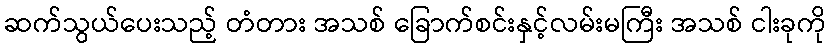
ဆက်သွယ်ပေးသည့် တံတား အသစ် ခြောက်စင်းနှင့်လမ်းမကြီး အသစ် ငါးခုကို